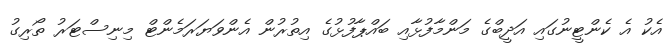
އެކު އެ ކެންޓީނުގައި އަދީބްގެ މަންމާފުޅާއި ބައްޕާފުޅުގެ އިތުރުން އެންވަޔަރަމެންޓް މިނިސްޓަރު ތޯރިގު